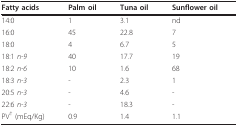
<table><thead><tr><td><b>Fatty acids</b></td><td><b>Palm oil</b></td><td><b>Tuna oil</b></td><td><b>Sunflower oil</b></td></tr></thead><tbody><tr><td>14:0</td><td>1</td><td>3.1</td><td>nd</td></tr><tr><td>16:0</td><td>45</td><td>22.8</td><td>7</td></tr><tr><td>18:0</td><td>4</td><td>6.7</td><td>5</td></tr><tr><td>18:1 <i>n-9</i></td><td>40</td><td>17.7</td><td>19</td></tr><tr><td>18:2 <i>n-6 </i></td><td>10</td><td>1.6</td><td>68</td></tr><tr><td>18:3 <i>n-3</i></td><td>-</td><td>2.3</td><td>1</td></tr><tr><td>20:5 <i>n-3</i></td><td>-</td><td>4.6</td><td>-</td></tr><tr><td>22:6 <i>n-3</i></td><td>-</td><td>18.3</td><td>-</td></tr><tr><td>PV<sup>† </sup>(mEq/Kg)</td><td>0.9</td><td>1.4</td><td>1.1</td></tr></tbody></table>